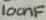
Text: 100nF